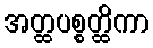
အတ္ထပစ္စတ္ထိကာ